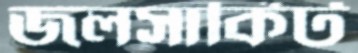
জলসার্কিট